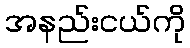
အနည်းငယ်ကို